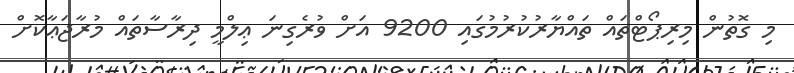
މި ގޮތުން މިރިޕޯޓްތައް ތައްޔާރުކުރުމުގައި 9200 އަށް ވުރެގިނަ ޢިލްމީ ދިރާސާތައް މުރާޖަޢާކޮށް